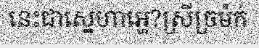
នេះជាស្នេហាអ្ហេ?ស្រីច្រម៉ក់